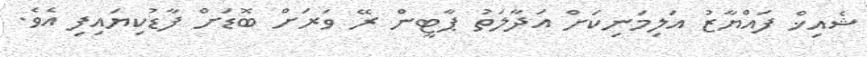
ޝެއިޚް ފައްޔާޒު އަލިމަނިކަށް އަދާލަތު ޕާޓީން ރޭ ވަރަށް ބޮޑަށް ފާޑުކިޔައިފި އެވެ.